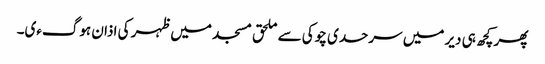
پھر کچھ ہی دیر میں سرحدی چوکی سے ملحق مسجد میں ظہر کی اذان ہوگءی۔